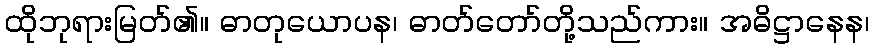
ထိုဘုရားမြတ်၏။ ဓာတုယောပန၊ ဓာတ်တော်တို့သည်ကား။ အဓိဋ္ဌာနေန၊